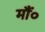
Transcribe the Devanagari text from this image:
मौं०